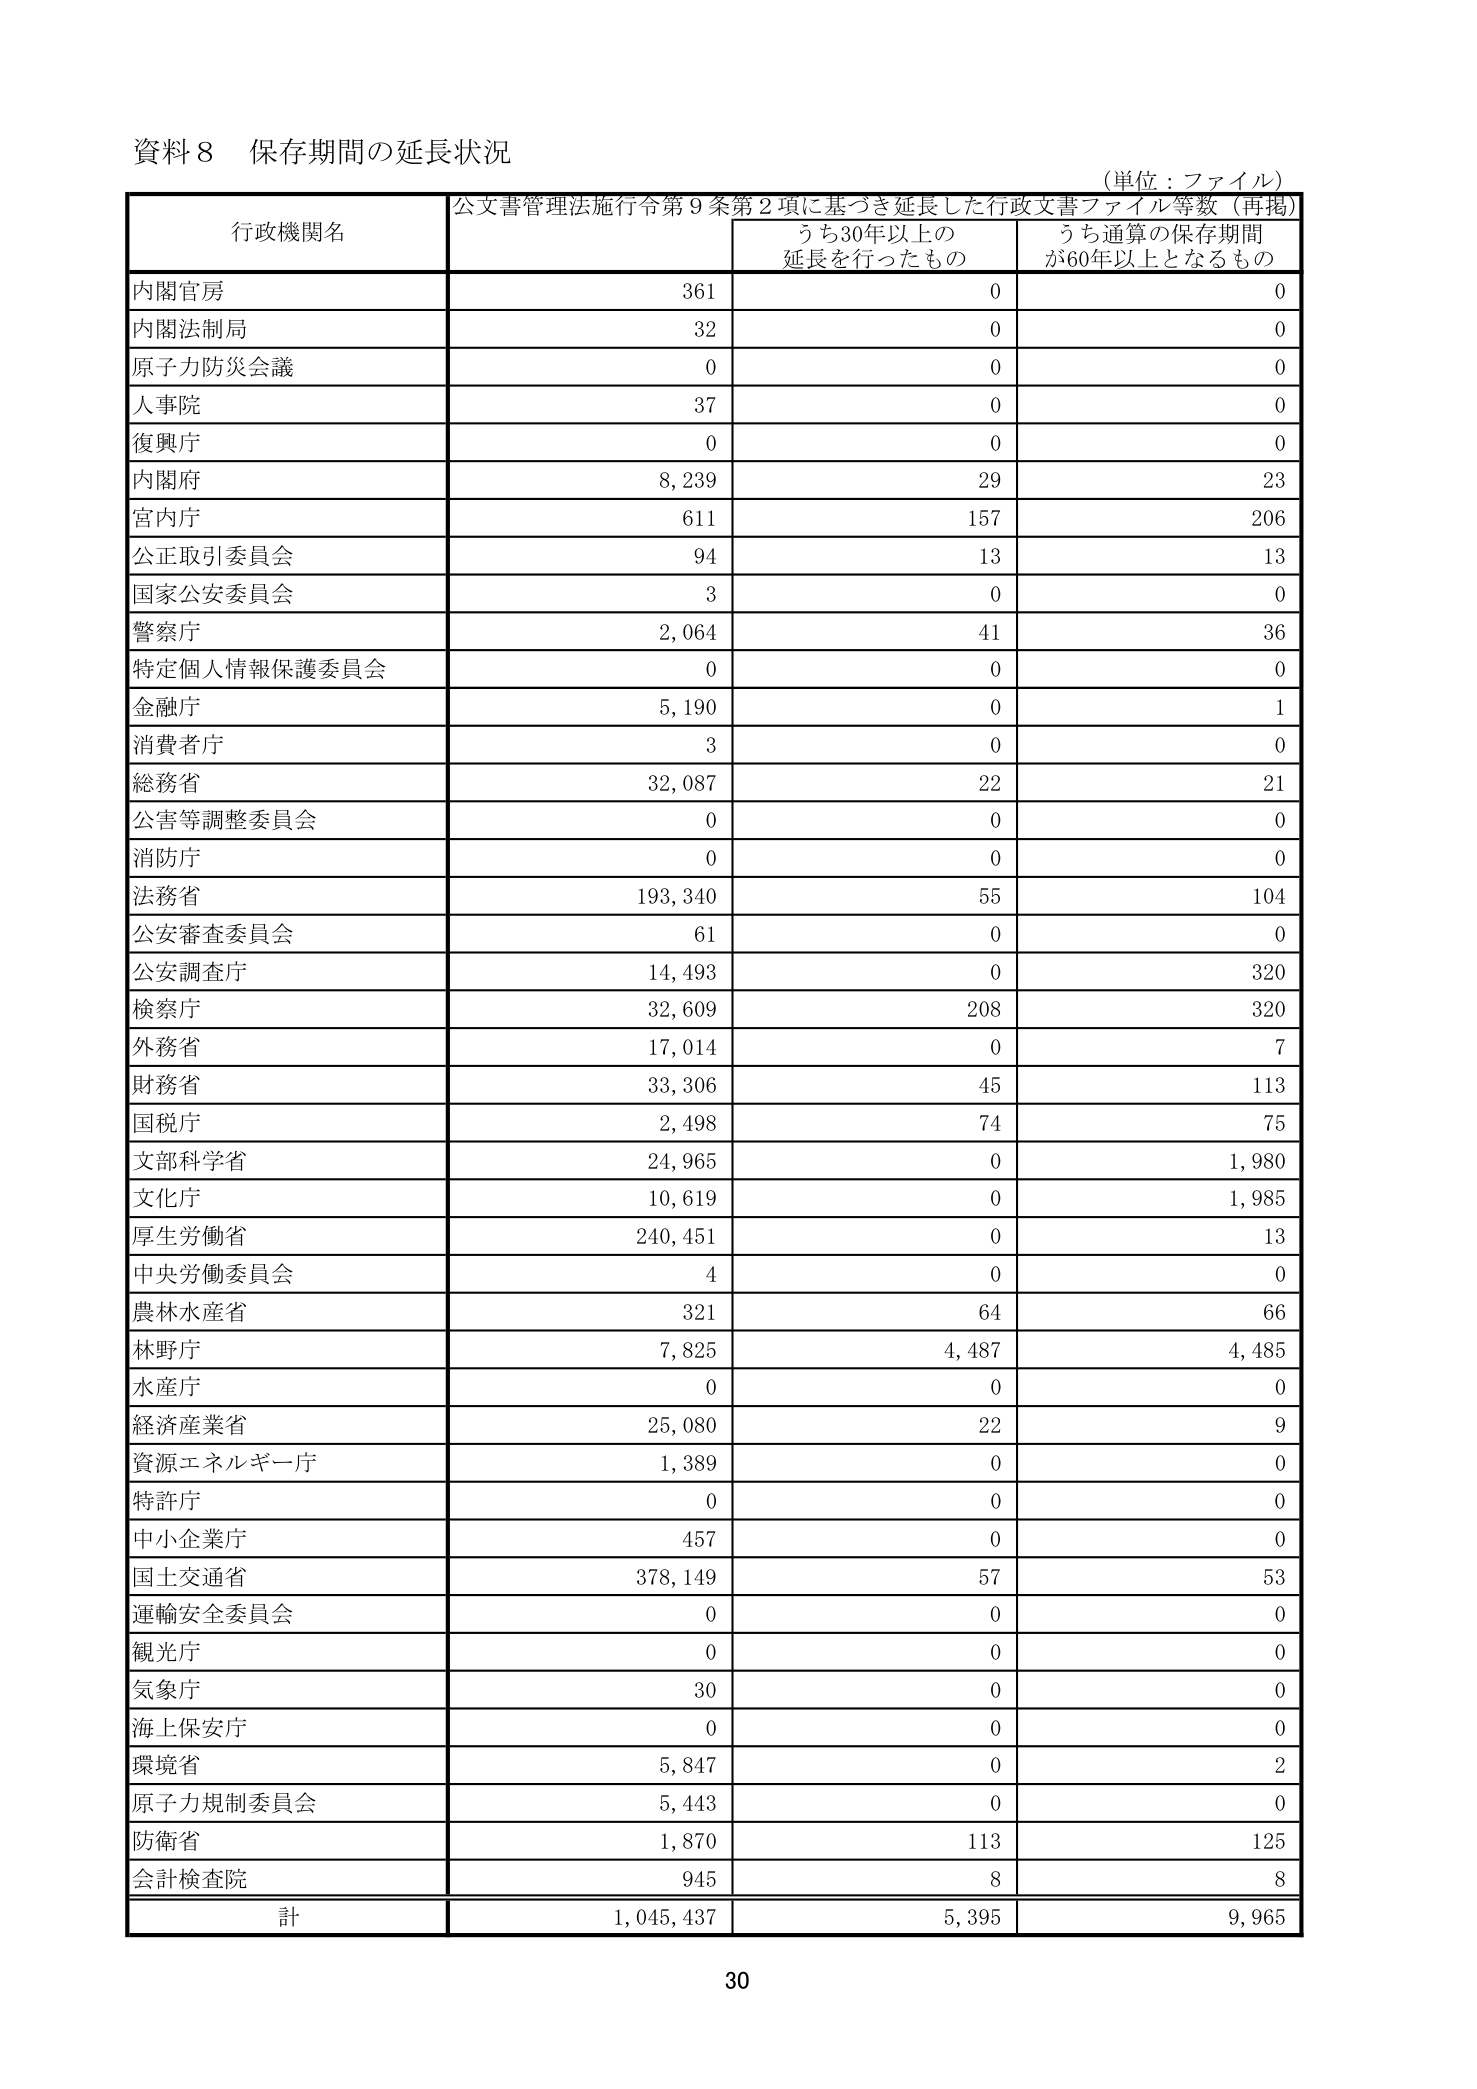
資料８ 保存期間の延長状況
（単位：ファイル）

行政機関名 | 公文書管理法施行令第９条第２項に基づき延長した行政文書ファイル等数（再掲） | うち30年以上の延長を行ったもの | うち通算の保存期間が60年以上となるもの
--- | --- | --- | ---
内閣官房 | 361 | 0 | 0
内閣法制局 | 32 | 0 | 0
原子力防災会議 | 0 | 0 | 0
人事院 | 37 | 0 | 0
復興庁 | 0 | 0 | 0
内閣府 | 8,239 | 29 | 23
宮内庁 | 611 | 157 | 206
公正取引委員会 | 94 | 13 | 13
国家公安委員会 | 3 | 0 | 0
警察庁 | 2,064 | 41 | 36
特定個人情報保護委員会 | 0 | 0 | 0
金融庁 | 5,190 | 0 | 1
消費者庁 | 3 | 0 | 0
総務省 | 32,087 | 22 | 21
公害等調整委員会 | 0 | 0 | 0
消防庁 | 0 | 0 | 0
法務省 | 193,340 | 55 | 104
公安審査委員会 | 61 | 0 | 0
公安調査庁 | 14,493 | 0 | 320
検察庁 | 32,609 | 208 | 320
外務省 | 17,014 | 0 | 7
財務省 | 33,306 | 45 | 113
国税庁 | 2,498 | 74 | 75
文部科学省 | 24,965 | 0 | 1,980
文化庁 | 10,619 | 0 | 1,985
厚生労働省 | 240,451 | 0 | 13
中央労働委員会 | 4 | 0 | 0
農林水産省 | 321 | 64 | 66
林野庁 | 7,825 | 4,487 | 4,485
水産庁 | 0 | 0 | 0
経済産業省 | 25,080 | 22 | 9
資源エネルギー庁 | 1,389 | 0 | 0
特許庁 | 0 | 0 | 0
中小企業庁 | 457 | 0 | 0
国土交通省 | 378,149 | 57 | 53
運輸安全委員会 | 0 | 0 | 0
観光庁 | 0 | 0 | 0
気象庁 | 30 | 0 | 0
海上保安庁 | 0 | 0 | 0
環境省 | 5,847 | 0 | 2
原子力規制委員会 | 5,443 | 0 | 0
防衛省 | 1,870 | 113 | 125
会計検査院 | 945 | 8 | 8
計 | 1,045,437 | 5,395 | 9,965

30